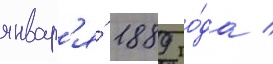
январ'я́ 1889 го́да /